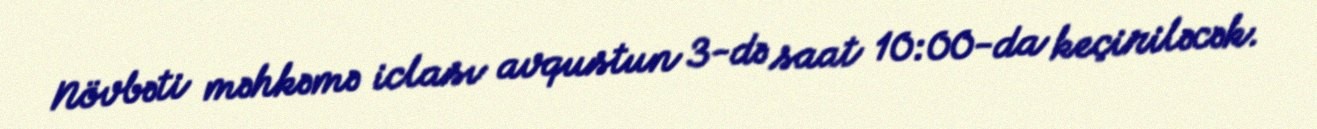
Növbəti məhkəmə iclası avqustun 3-də saat 10:00-da keçiriləcək.